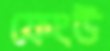
ফেংউ